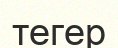
тегер